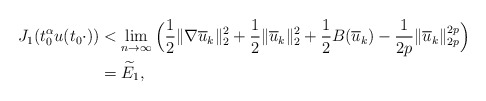
\begin{align*}J_{1}(t_{0}^{\alpha}u(t_{0}\cdot))&<\mathop{\lim}\limits_{n\rightarrow\infty}\Big(\frac{1}{2}\|\nabla\overline{u}_{k}\|_{2}^{2}+\frac{1}{2}\|\overline{u}_{k}\|_{2}^{2}+\frac{1}{2}B(\overline{u}_{k})-\frac{1}{2p}\|\overline{u}_{k}\|_{2p}^{2p}\Big)\\&=\widetilde{E}_{1},\end{align*}